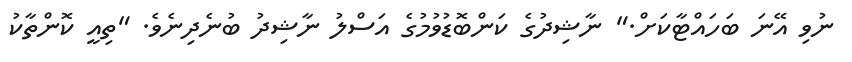
ނުވި އޭނަ ބަހައްޓާކަށް." ނާޝިދުގެ ކަންބޮޑުވުމުގެ އަސްލު ނާޝިދު ބުނެދިނެވެ. "ތިއީ ކޮންތާކު